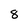
Character: 8